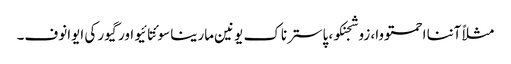
مثلاً آننا احمتووا، زوشجنکو، پاسترناک یونین مارینا سوئتا ئیو اور گیور کی ایوانوف۔